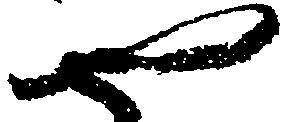
や